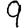
Digit: 9